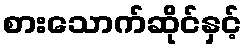
စားသောက်ဆိုင်နှင့်